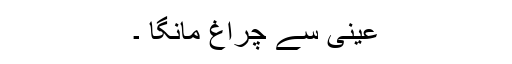
عینی سے چراغ مانگا ۔